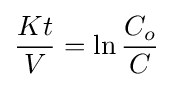
{\frac {Kt}{V}}=\ln {\frac {C_{o}}{C}}